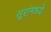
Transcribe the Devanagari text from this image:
सूरांमध्ये